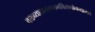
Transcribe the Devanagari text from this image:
वक्तव्यादानगमनविसर्गानन्दात्मने